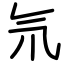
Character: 氘